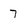
Character: 7